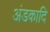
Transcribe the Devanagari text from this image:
अंडकादि